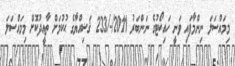
މިމައްސަލަ ނިންމާފައި ވަނީ ހައިކޯޓުގެ ނަންބަރު 2011/-/233 ޤަޟިއްޔާގެ ޙުކުމަށް ތާޢީދުކޮށް މިމައްސަލަ